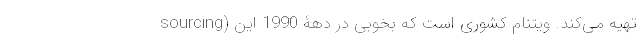
sourcing) تهیه می­کند. ویتنام کشوری است که بخوبی در دهۀ 1990 این